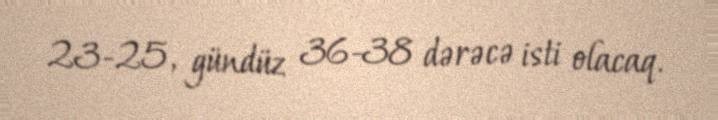
23-25, gündüz 36-38 dərəcə isti olacaq.